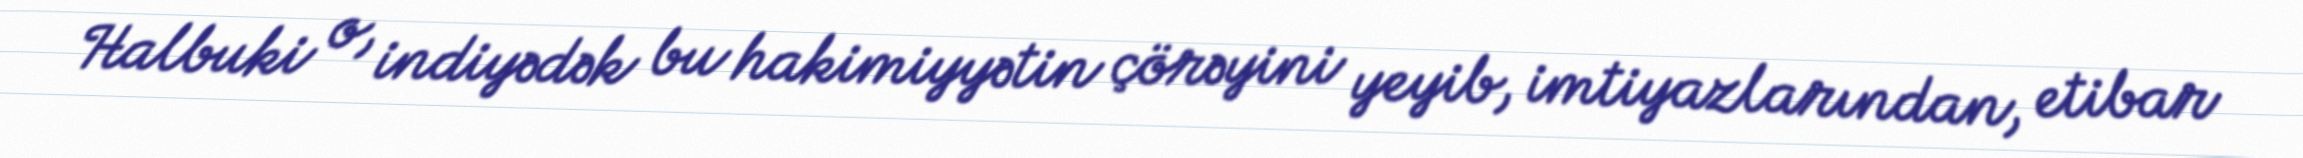
Halbuki o, indiyədək bu hakimiyyətin çörəyini yeyib, imtiyazlarından, etibar